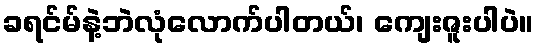
ခရင်မ်နဲ့ဘဲလုံလောက်ပါတယ်၊ ကျေးဇူးပါပဲ။